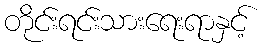
တိုင်းရင်းသားရေးရာနှင့်